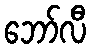
ဘော်လီ